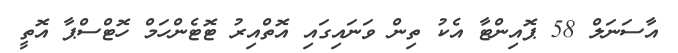
އާސަނަލް 58 ޕޮއިންޓާ އެކު ތިން ވަނައިގައި އޮތްއިރު ޓޮޓެންހަމް ހޮޓްސްޕާ އޮތީ